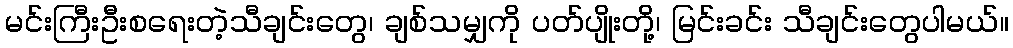
မင်းကြီးဦးစရေးတဲ့သီချင်းတွေ၊ ချစ်သမျှကို ပတ်ပျိုးတို့၊ မြင်းခင်း သီချင်းတွေပါမယ်။